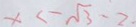
x < \sqrt { 3 } - 2 .